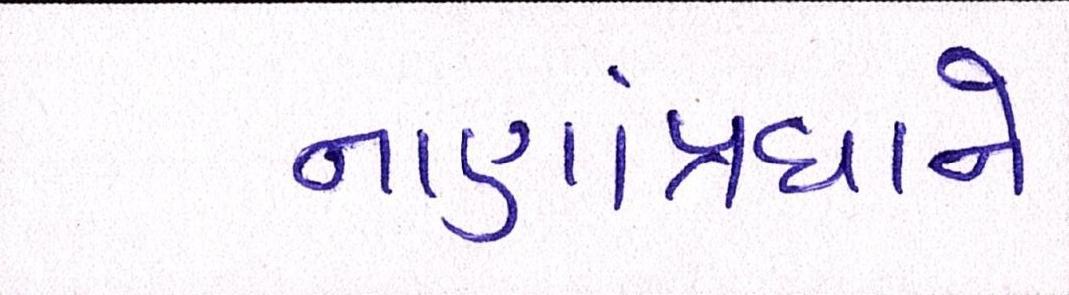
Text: નાણાંપ્રધાને